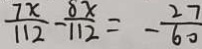
\frac { 7 x } { 1 1 2 } - \frac { 8 x } { 1 1 2 } = - \frac { 2 7 } { 6 0 }